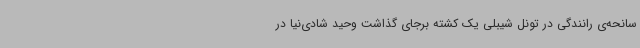
سانحه‌ی رانندگی در تونل شیبلی یک کشته برجای گذاشت وحید شادی‌نیا در